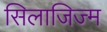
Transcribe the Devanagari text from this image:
सिलाजिज्म